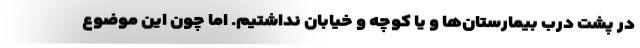
در پشت درب بیمارستان‌ها و یا کوچه و خیابان نداشتیم. اما چون این موضوع